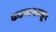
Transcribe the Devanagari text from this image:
कडप्पनल्लूर